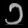
Digit: ၁